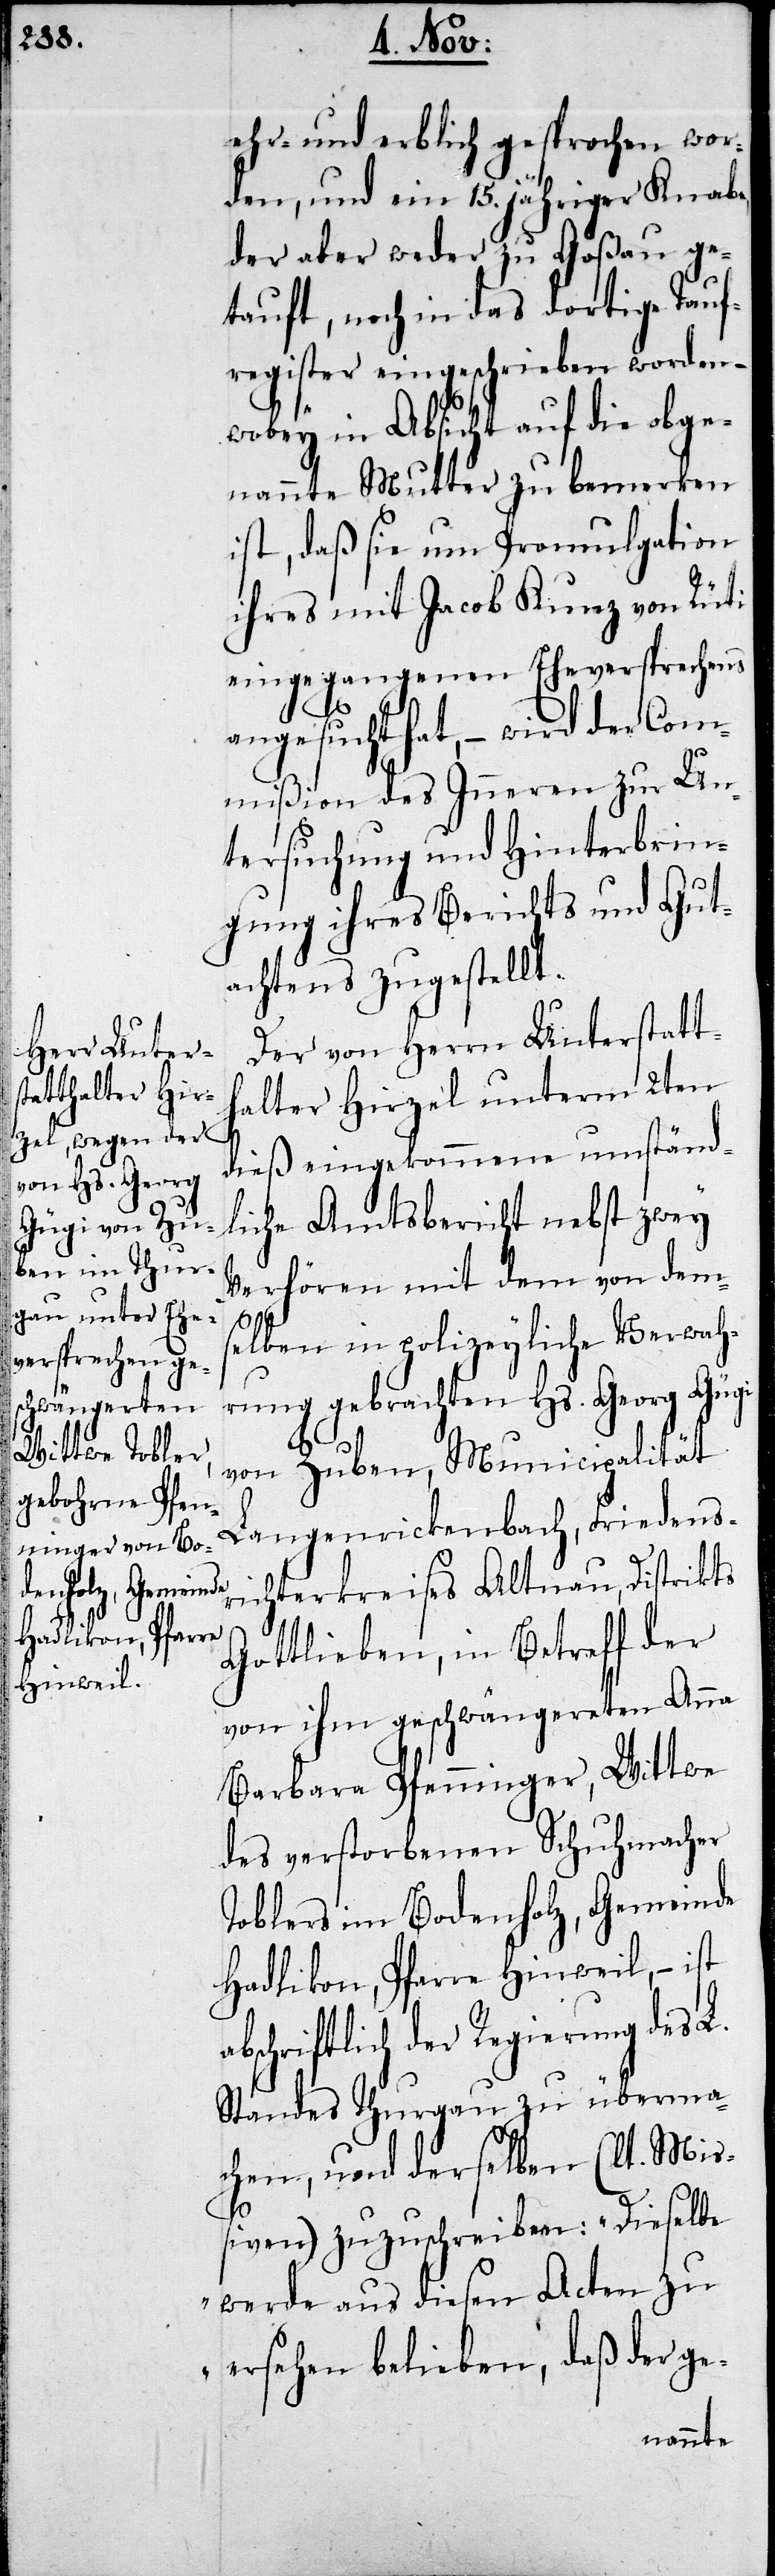
ehr- und erblich gesprochen wor¬
den, und ein 15jähriger Knabe,
der aber weder zu Goßau ge¬
tauft, noch in das dortige Tauf¬
register eingeschrieben worden,
wobey in Absicht auf die obge¬
nannte Mutter zu bemerken
ist, daß sie um Promulgation
ihres mit Jacob Kunz von Rüti
eingegangenen Eheversprechens
angesucht hat, – wird der Com¬
mißion des Inneren zu Un¬
tersuchung und Hinterbrin¬
gung ihres Berichts und Gut¬
achtens zugestellt.
Der von Herrn Unterstatt¬
halter Hirzel unterm 2ten
dieß eingekommene umständ¬
liche Amtsbericht nebst zwey
Verhören mit dem von dems¬
elben in polizeyliche Verwah¬
rung gebrachten Hs. Georg Gügi
von Zuben, Municipalität
Langenrickenbach, Friedensr¬
ichterkreises Altnau, Distrikts
Gottlieben, in Betreff der
von ihm geschwängereten Anna
Barbara Pfenninger, Wittwe
des verstorbenen Schuhmacher
Toblers im Bodenholz, Gemeinde
Hadlikon, Pfarre Hinwil, – ist
abschriftlich der Regierung des L.
Standes Thurgau zu überma¬
chen, und derselben (lt. Mi¬
ßiven) zuzuschreiben: „Dieselbe
werde aus diesen Acten zu
ersehen belieben, daß der ge-